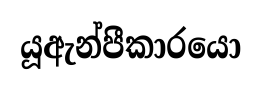
යූඇන්පීකාරයො